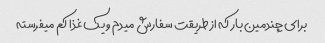
برای چندمین بار که از طریقت سفارش میدم و یک غذا کم میفرسته